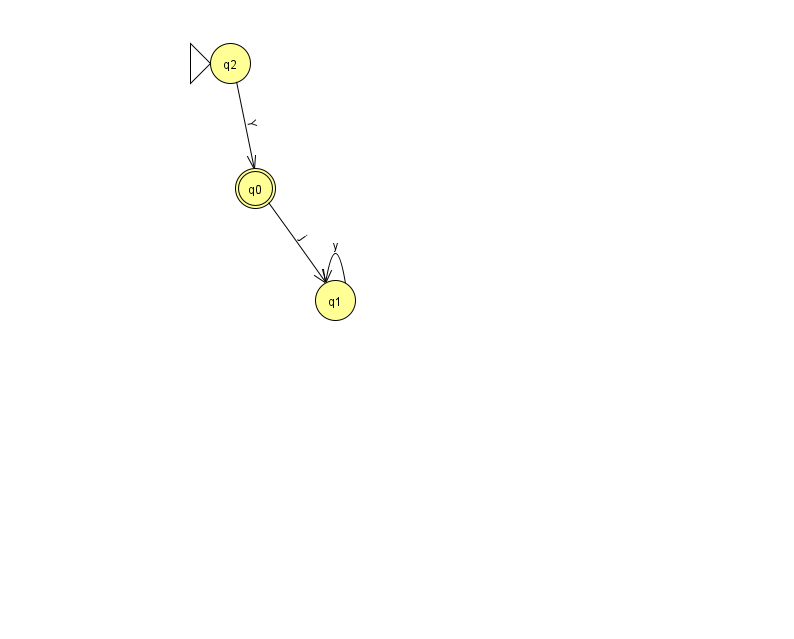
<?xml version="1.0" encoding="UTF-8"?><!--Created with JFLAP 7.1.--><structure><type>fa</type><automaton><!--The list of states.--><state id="0" name="q0"><x>255.0</x><y>175.0</y><final/></state><state id="1" name="q1"><x>335.0</x><y>287.0</y></state><state id="2" name="q2"><x>230.0</x><y>50.0</y><initial/></state><!--The list of transitions.--><transition><from>2</from><to>0</to><read>Y</read></transition><transition><from>0</from><to>1</to><read>j</read></transition><transition><from>1</from><to>1</to><read>y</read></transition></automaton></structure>